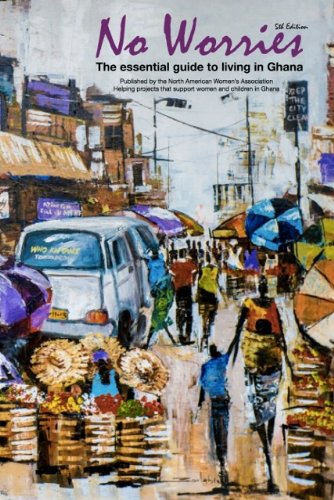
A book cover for No Worries! The Indispensable Guide to Ghana & Accra (New 5th Edition); North American Women's Association (NAWA); Travel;